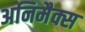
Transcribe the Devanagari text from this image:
अनिमैक्स